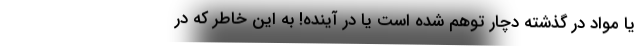
یا مواد در گذشته دچار توهم شده است یا در آینده! به این خاطر که در